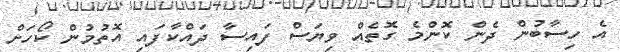
އެ ހިސާބުން ދެން ކޮންމެ ގޮތެއް ވިޔަސް ފައިސާ ދައްކާފައި އޮތުމުން ކޯހަށް